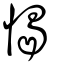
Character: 愒